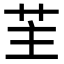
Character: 𦭦